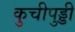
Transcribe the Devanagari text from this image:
कुचीपुड्डी